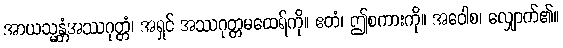
အာယသ္မန္တံအဿဂုတ္တံ၊ အရှင် အဿဂုတ္တမထေရ်ကို။ ဧတံ၊ ဤစကားကို။ အဝေါစ၊ လျှောက်၏။